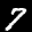
Label: 7